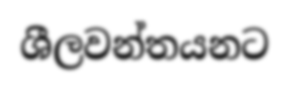
ශීලවන්තයනට